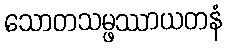
သောတသမ္ဖဿာယတနံ